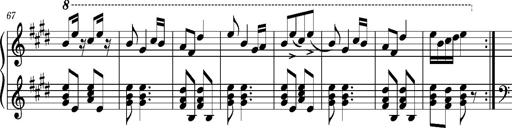
Title: Ungarischer Romanzero
Composer: Franz Liszt